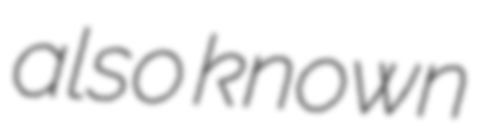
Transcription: also known